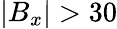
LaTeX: \lvert B_{x}\rvert>30